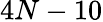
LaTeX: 4N-10